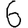
Digit: 6